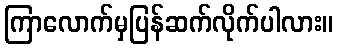
ကြာလောက်မှပြန်ဆက်လိုက်ပါလား။